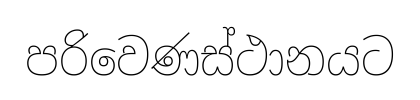
පරිවෙණස්ථානයට